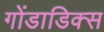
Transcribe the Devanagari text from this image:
गोंडाडिक्‍स